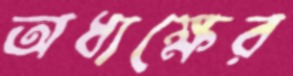
অধ্যক্ষের